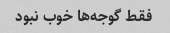
فقط گوجه‌ها خوب نبود